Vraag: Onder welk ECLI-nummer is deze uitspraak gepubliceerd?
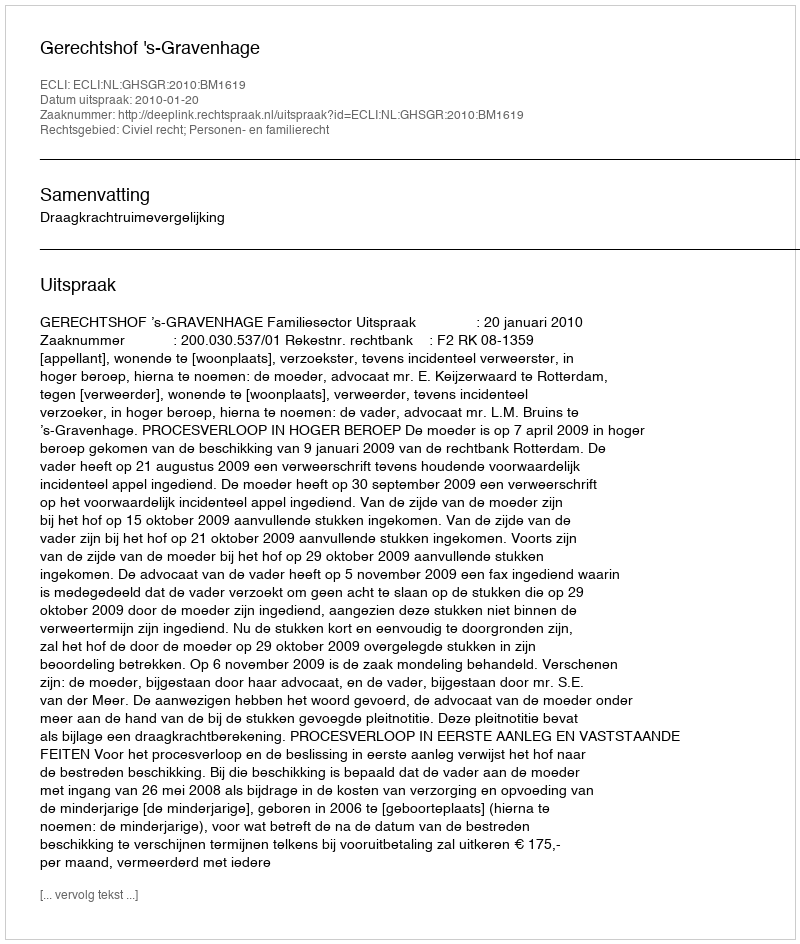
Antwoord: ECLI:NL:GHSGR:2010:BM1619